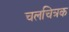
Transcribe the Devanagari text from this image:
चलचित्रक